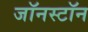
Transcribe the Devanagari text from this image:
जॉनस्टॉन